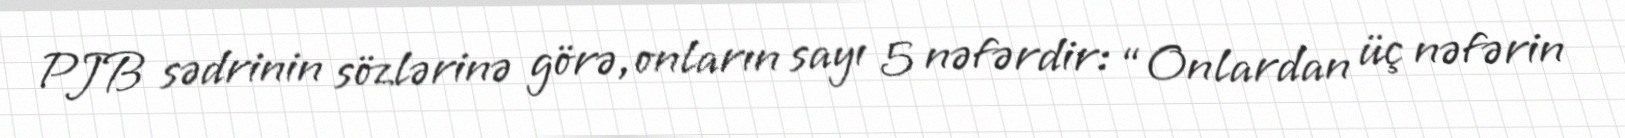
PJB sədrinin sözlərinə görə, onların sayı 5 nəfərdir: “Onlardan üç nəfərin